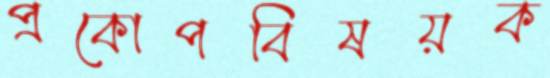
প্রকোপবিষয়ক